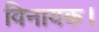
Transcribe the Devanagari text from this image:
विनायक।